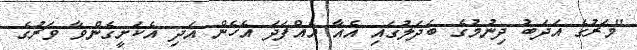
"މަރުގެ އަދަބު ދިނުމުގެ ބަދަލުގައި އެއާ އެއްފަދަ އެހެން އަދި އެކަށީގެންވާ ވަރުގެ